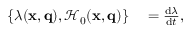
\begin{array} { r l } { \left\{ \lambda ( \mathbf { x } , \mathbf { q } ) , \mathcal { H } _ { 0 } ( \mathbf { x } , \mathbf { q } ) \right\} } & { { } = \frac { \mathrm { d } \lambda } { \mathrm { d } t } , } \end{array}